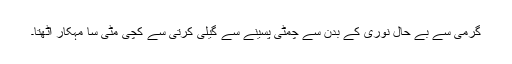
گرمی سے بے حال نوری کے بدن سے چمٹی پسینے سے گیلی کُرتی سے کچی مٹی سا مہکار اٹھتا۔